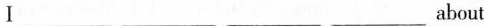
Ⅰ___ ___ ___ ___about